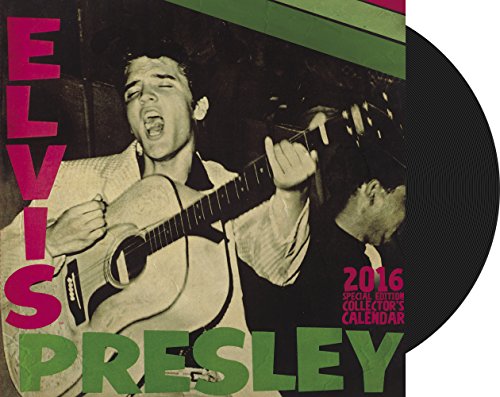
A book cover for Elvis Presley Wall Calendar (2016); Day Dream; Calendars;